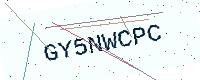
Text: GY5NWCPC